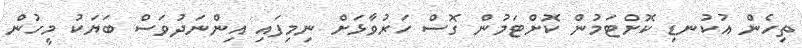
ތިހެން އުކުނޑި ކޮށްޓަމުން ކޮށްޓަމުން ގޮސް ހަރުވާޅަށް ނިމިފައި އިންނަދުވަސް ބަޔަކު މީހުން